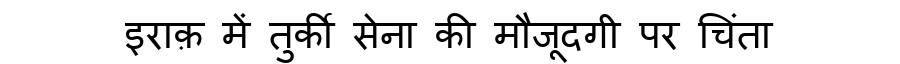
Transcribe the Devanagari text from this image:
इराक़ में तुर्की सेना की मौजूदगी पर चिंता